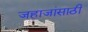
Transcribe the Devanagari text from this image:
जहाजांसाठी